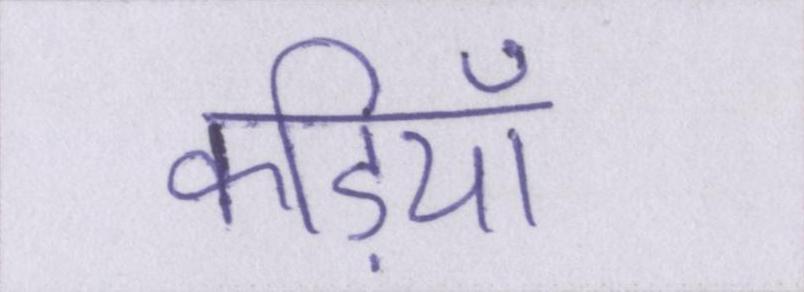
कड़ियाँ